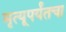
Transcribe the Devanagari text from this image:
मृत्यूपर्यंतचा